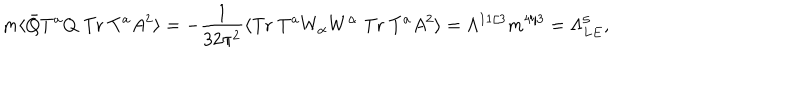
LaTeX: m \langle \bar { Q } T ^ { a } Q \; \mathrm { T r } \; T ^ { a } A ^ { 2 } \rangle = - \frac { 1 } { 3 2 \pi ^ { 2 } } \langle \mathrm { T r } \; T ^ { a } W _ { \alpha } W ^ { \alpha } \; \mathrm { T r } \; T ^ { a } A ^ { 2 } \rangle = \Lambda ^ { 1 1 / 3 } m ^ { 4 / 3 } = \Lambda _ { L E } ^ { 5 } ,